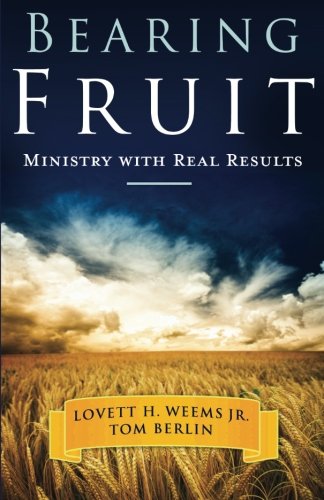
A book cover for Bearing Fruit: Ministry with Real Results; Tom Berlin; Christian Books & Bibles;